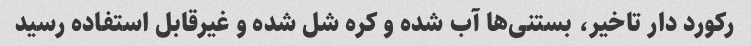
رکورد دار تاخیر، بستنی‌ها آب شده و کره شل شده و غیرقابل استفاده رسید